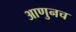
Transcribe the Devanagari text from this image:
आणुनच